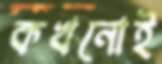
কখনোই